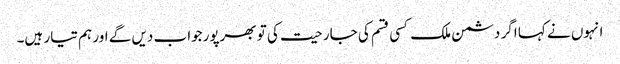
انہوں نے کہا اگر دشمن ملک کسی قسم کی جارحیت کی تو بھرپورجواب دیں گے اور ہم تیار ہیں۔